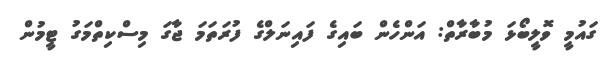
ގައުމީ ވޮލީބޯޅަ މުބާރާތް: އަންހެން ބައިގެ ފައިނަލްގެ ފުރަތަމަ ޖާގަ މިސްކިތްމަގު ޓީމުން